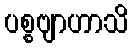
ပစ္စဗျာဟာသိ